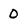
Character: 0